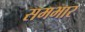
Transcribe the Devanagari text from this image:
समभार